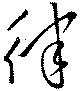
律